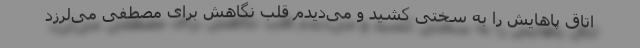
اتاق پاهایش را به سختی کشید و می‌دیدم قلب نگاهش برای مصطفی می‌لرزد